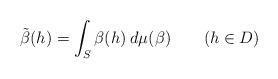
LaTeX: \begin{align*}\tilde\beta(h)=\int_S \beta(h)\> d\mu(\beta) \quad\quad(h\in D)\end{align*}